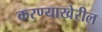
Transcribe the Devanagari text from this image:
करण्याखेरील